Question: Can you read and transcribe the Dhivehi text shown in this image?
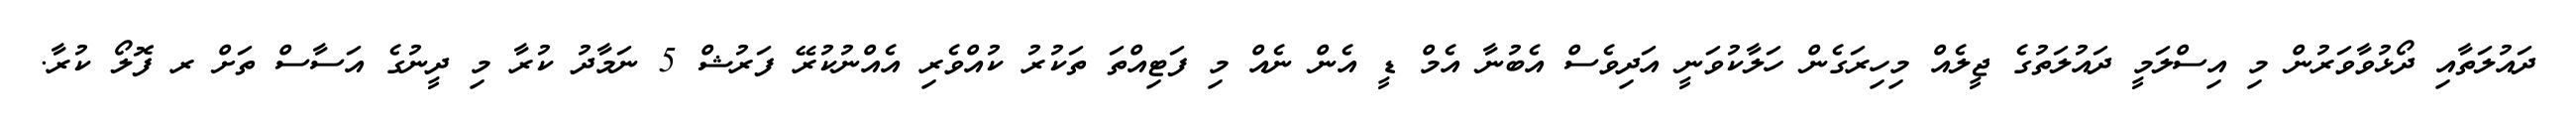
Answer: ދައުލަތާއި ދޯޅުވާވަރުން މި އިސްލަމީ ދައުލަތުގެ ޖީލެއް މިހިރަގެން ހަލާކުވަނީ އަދިވެސް އެބުނާ އެމް ޑީ އެން ނެއް މި ފަޓިއްތަ ތަކުރު ކުއްވެރި އެއްނުކުރޭ ފަރުޝް 5 ނަމާދު ކުރާ މި ދީނުގެ އަސާސް ތަށް ރ ފޮލޯ ކުރާ.